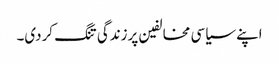
اپنے سیاسی مخالفین پرزندگی تنگ کردی۔